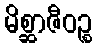
မိစ္ဆာဇီဝဉ္စ